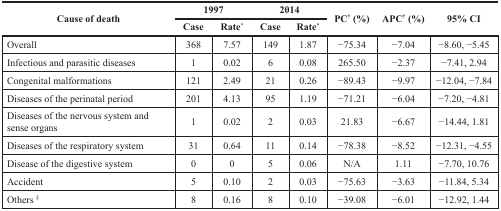
| <ROWSPAN=2> Cause of death | <COLSPAN=2> 1997 | <COLSPAN=2> 2014 | <ROWSPAN=2> PC† (%) | <ROWSPAN=2> APC† (%) | <ROWSPAN=2> 95% CI |
 | Case | Rate* | Case | Rate* |
 | --- | --- | --- | --- | --- | --- | --- | --- |
 | Overall | 368 | 7.57 | 149 | 1.87 | −75.34 | −7.04 | −8.60, −5.45 |
 | Infectious and parasitic diseases | 1 | 0.02 | 6 | 0.08 | 265.50 | −2.37 | −7.41, 2.94 |
 | Congenital malformations | 121 | 2.49 | 21 | 0.26 | −89.43 | −9.97 | −12.04, −7.84 |
 | Diseases of the perinatal period | 201 | 4.13 | 95 | 1.19 | −71.21 | −6.04 | −7.20, −4.81 |
 | Diseases of the nervous system and sense organs | 1 | 0.02 | 2 | 0.03 | 21.83 | −6.67 | −14.44, 1.81 |
 | Diseases of the respiratory system | 31 | 0.64 | 11 | 0.14 | −78.38 | −8.52 | −12.31, −4.55 |
 | Disease of the digestive system | 0 | 0 | 5 | 0.06 | N/A | 1.11 | −7.70, 10.76 |
 | Accident | 5 | 0.10 | 2 | 0.03 | −75.63 | −3.63 | −11.84, 5.34 |
 | Others§ | 8 | 0.16 | 8 | 0.10 | −39.08 | −6.01 | −12.92, 1.44 |